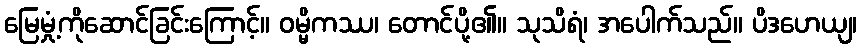
မြေမှုံ့ကိုဆောင်ခြင်းကြောင့်။ ဝမ္မိကဿ၊ တောင်ပို့၏။ သုသိရံ၊ အပေါက်သည်။ ပိဒဟေယျ၊